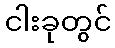
ငါးခုတွင်